Report on sanitation, dispensaries, and jails in Rajputana for 1909, and on vaccination for the year 1909-1910 - 1909-1910
Year: 1909
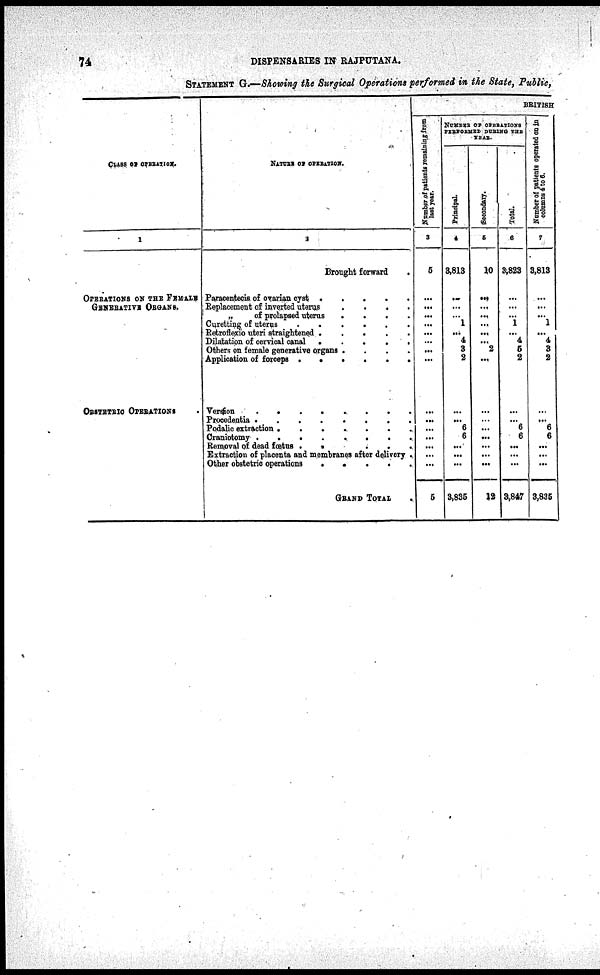
74
DISPENSARIES IN RAJPUTANA.
STATEMENT G—Showing the Surgical Operations performed in the State, Public,
CLASS OF OPERATION.
1
OPERATIONS ON THE FEMALE
GENERATIVE ORGANS.
OBSTETRIC OPERATIONS
NATURE OF OPERATION.
2
Brought forward .
Paracentecia of ovarian cyst
.
.
.
.
.
Replacement of inverted uterus
.
.
.
.
„
of prolapsed uterus
.
.
.
.
Curetting of uterus
.
.
.
.
.
.
Retroflexio uteri straightened
.
.
.
.
.
Dilatation of cervical canal .
.
.
.
.
Others on female generative organs .
.
.
.
Application of forceps
.
.
.
.
.
.
Version
.
.
.
.
.
.
.
.
Procedentia
.
.
.
.
.
.
.
.
Podalic extraction .
.
.
.
.
.
.
Craniotomy
.
.
.
.
.
.
.
.
Removal of dead fœtus .
.
.
.
.
Extraction of placent and membranes after delivery .
Other obetetric operations
.
.
.
.
GRAND
TOTAL .
BRITISH
Number of patients remaining from
last
year.
3
5
...
...
...
...
...
...
...
...
...
...
...
...
...
...
...
5
NUMBER OF OPERATIONS
PERFORMED DURING THE
YEAR.
Principal.
4
3,813
...
...
...
1
...
4
3
2
...
...
6
6
...
...
...
3,835
Secondary.
5
10
...
...
...
...
...
...
2
...
...
...
...
...
...
...
...
12
Total.
6
3,823
...
...
...
1
...
4
5
2
...
...
6
6
...
...
...
3,847
Number of patients operated on in
columns 4 to 6.
7
3,813
...
...
...
1
...
4
3
2
...
...
6
6
...
...
...
3,835